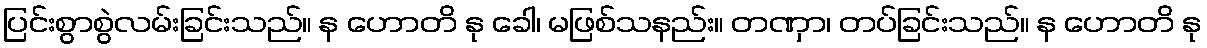
ပြင်းစွာစွဲလမ်းခြင်းသည်။ န ဟောတိ နု ခေါ၊ မဖြစ်သနည်း။ တဏှာ၊ တပ်ခြင်းသည်။ န ဟောတိ နု